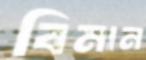
বিমান